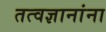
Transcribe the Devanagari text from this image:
तत्वज्ञानांना